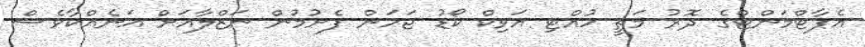
އެޕާޓްމަންޓްގެ ދޮރު މަތީ ހުއްޓި އަވިކް ކޯޑު ޖަހަން ފެށުމުން ނަޒްލާއަށް އަނެއްކާވެސް